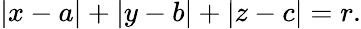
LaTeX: \left|x-a\right|+\left|y-b\right|+\left|z-c\right|=r.